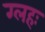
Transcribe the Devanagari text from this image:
ग्लहः